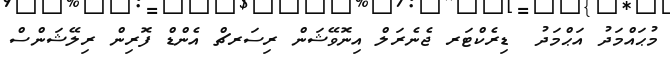
މުޙައްމަދު އަޙްމަދު  ޑިރެކްޓަރ ޖެނެރަލް އިނޮވޭޝަން ރިސަރޗް އެންޑް ފޮރިން ރިލޭޝަންސް